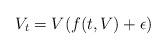
LaTeX: \begin{align*}V_t=V(f(t,V)+\epsilon)\end{align*}